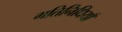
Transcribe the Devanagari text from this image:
गतिनिधियाँ